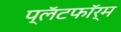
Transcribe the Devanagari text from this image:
प्लॅटफाॅर्म